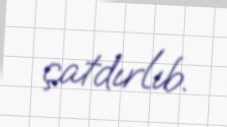
çatdırlıb.